Medical and sanitary report of the native army of Madras for the year
Year: 1875
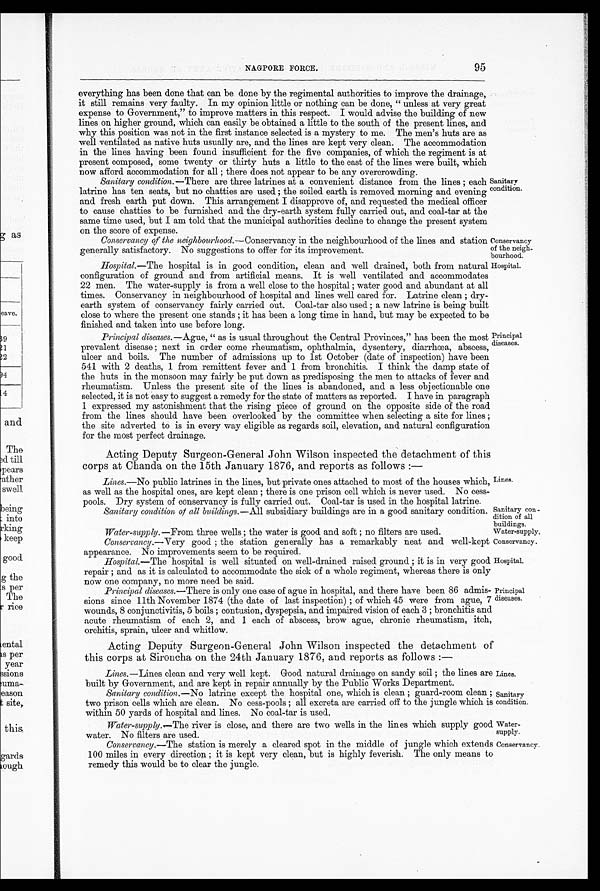
Sanitary con
-dition of all
buildings.
Water-supply.
Conservancy.
Hospital.
Lines.
Sanitary
condition.
Water
-supply.
Conservancy.
95
NAGPORE FORCE.
everything has been done that can be done by the regimental authorities to improve the drainage,
it still remains very faulty. In my opinion little or nothing can be done, "unless at very great
expense to Government," to improve matters in this respect. I would advise the building of new
lines on higher ground, which can easily be obtained a little to the south of the present lines, and
why this position was not in the first instance selected is a mystery to me. The men's huts are as
well ventilated as native huts usually are, and the lines are kept very clean. The accommodation
in the lines having been found insufficient for the five companies, of which the regiment is at
present composed, some twenty or thirty huts a little to the east of the lines were built, which
now afford accommodation for all; there does not appear to he any overcrowding.
Sanitary condition. —There are three latrines at a convenient distance from the lines ; each
latrine has ten seats, but no chatties are used ; the soiled earth is removed morning and evening
and fresh earth put down. This arrangement I disapprove of, and requested the medical officer
to cause chatties to be furnished and the dry-earth system fully carried out, and coal-tar at the
same time used, but I am told that the municipal authorities decline to change the present system
on the score of expense.
Conservancy of the neighbourhood.—Conservancy in the neighbourhood of the lines and station
generally satisfactory. No suggestions to offer for its improvement.
Sanitary
condition.
Conservancy
of the neigh-
bourhood.
Hospital.—The hospital is in good condition, clean and well drained, both from natural
configuration of ground and from artificial means. It is well ventilated and accommodates
22 men. The water-supply is from a well close to the hospital ; water good and abundant at all
times. Conservancy in neighbourhood of hospital and lines well cared for. Latrine clean ; dry
-earth system of conservancy fairly carried out. Coal-tar also used ; a new latrine is being built
close to where the present one stands ; it has been a long time in hand, but may be expected to be
finished and taken into use before long.
Hospital.
Principal
diseases.
Principal diseases.—Ague , " as is usual throughout the Central Provinces," has been the most
prevalent disease ; next in order come rheumatism, ophthalmia, dysentery, diarrhœa, abscess,
ulcer and boils. The number of admissions up to 1st October (date of inspection) have been
541 with 2 deaths, 1 from remittent fever and 1 from bronchitis. I think the damp state of
the huts in the monsoon may fairly be put down as predisposing the men to attacks of fever and
rheumatism. Unless the present site of the lines is abandoned, and a less objectionable one
selected, it is not easy to suggest a remedy for the state of matters as reported. I have in paragraph
1 expressed my astonishment that the rising piece of ground on the opposite side of the road
from the lines should have been overlooked by the committee when selecting a site for lines ;
the site adverted to is in every way eligible as regards soil, elevation, and natural configuration
for the most perfect drainage.
Acting Deputy Surgeon-General John Wilson inspected the detachment of this
corps at Chanda on the 15th January 1876, and reports as follows :—
Lines.—No public latrines in the lines, but private ones attached to most of the houses which,
as well as the hospital ones, are kept clean ; there is one prison cell which is never used. No cess
-
pools. Dry system of conservancy is fully carried out. Coal-tar is used in the hospital latrine.
Sanitary condition or all buildings .—All subsidiary buildings are in a good sanitary condition
Water-supply .—From three wells : the water is good and soft no filters are used.
Conservancy .—Very good ; the station generally has a remarkably neat and well-kept
appearance. No improvements seem to be required.
Hospital.—The hospital is well situated on well-drained raised ground ; it is in very good
repair ; and as it is calculated to accommodate the sick of a whole regiment, whereas there is only
now one company, no more need be said.
Lines.
Principal
diseases.
Principal diseases .—There is only one case of ague in hospital, and there have been 66 admis
-sions since 11th November 1874 (the date of last inspection) ; of which 45 were from ague, 7
wounds, 8 conjunctivitis, 5 boils ; contusion, dyspepsia, and impaired vision of each 3 ; bronchitis and
acute rheumatism of each 2, and 1 each of abscess, brow ague, chronic rheumatism, itch,
orchitis, sprain, ulcer and whitlow.
Acting Deputy Surgeon-General John Wilson inspected the detachment of
this corps at Sironcha on the 24th January 1876, and reports as follows :—
Lines.—Lines clean and very well kept. Good natural drainage on sandy soil ; the lines are
built by Government, and are kept in repair annually by the Public Works Department.
Sanitary condition .—No latrine except the hospital one, which is clean ; guard-room clean ;
two prison cells which are clean. No cess-pools ; all excreta are carried off to the jungle which is
within 50 yards of hospital and lines. No coal-tar is used.
Water-supply .—The river is close, and there are two wells in the lines which supply good
water. No filters are used.
Conservancy .—The station is merely a cleared spot in the middle of jungle which extends
100 miles in every direction ; it is kept very clean, but is highly feverish. The only means to
remedy this would be to clear the jungle.